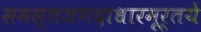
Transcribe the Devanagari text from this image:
समस्तजगदाधारमूर्तये